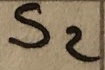
Text: S2